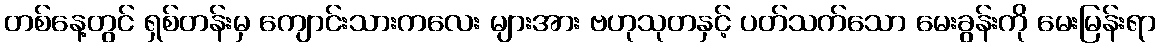
တစ်နေ့တွင် ရှစ်တန်းမှ ကျောင်းသားကလေး များအား ဗဟုသုတနှင့် ပတ်သက်သော မေးခွန်းကို မေးမြန်းရာ